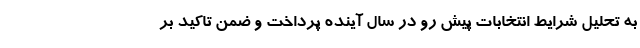
به تحلیل شرایط انتخابات پیش رو در سال آینده پرداخت و ضمن تاکید بر